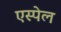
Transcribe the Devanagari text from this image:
एस्पेल